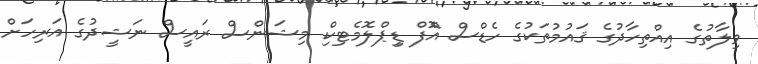
ވިލާތުގެ އިއްތިހާދުގެ ޤައުމުތަކުގެ ހެޑްސް އޮްފް ޑިިޕްލޮމެޓިކިް މިޝަންސް ރައީސް ނަޝީދުގެ އަރިހަށް